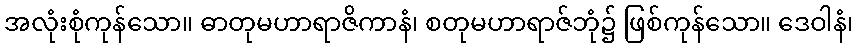
အလုံးစုံကုန်သော။ ဓာတုမဟာရာဇိကာနံ၊ စတုမဟာရာဇ်ဘုံ၌ ဖြစ်ကုန်သော။ ဒေဝါနံ၊